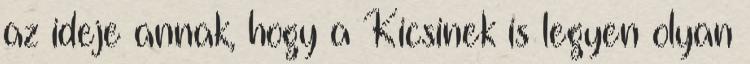
az ideje annak, hogy a Kicsinek is legyen olyan